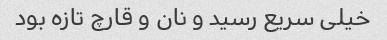
خیلی سریع رسید و نان و قارچ تازه بود